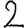
Digit: 2